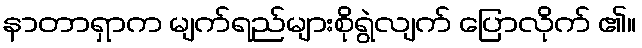
နာတာရှာက မျက်ရည်များစိုရွဲလျက် ပြောလိုက် ၏။